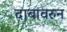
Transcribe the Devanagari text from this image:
दाबावरुन